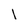
Character: l